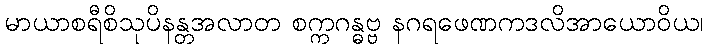
မာယာစရီစိသုပိနန္တအလာတ စက္ကဂန္ဓဗ္ဗ နဂရဖေဏကဒလိအာယောဝိယ၊